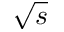
\sqrt { s }